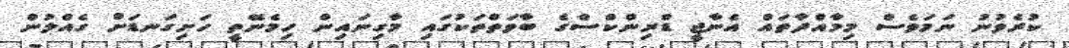
ކުރެވުނު ނަމަވެސް މިމާއްދާތައް އެނާޖީ ޑްރިންކްސްގެ ބާވަތްތަކުގައި މާގިނައިން ހިމެނޭތީ ހަށިގަނޑަށް ގެއްލުން